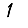
Digit: 1